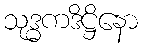
သုဒ္ဓကဒိဋ္ဌိနော